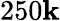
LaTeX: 250\mathbf{k}